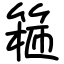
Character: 篐